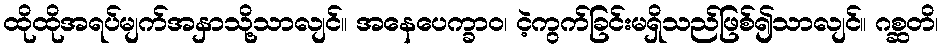
ထိုထိုအရပ်မျက်အနှာသို့သာလျင်။ အနေပေက္ခာဝ၊ ငဲ့ကွက်ခြင်းမရှိသည်ဖြစ်၍သာလျင်။ ဂစ္ဆတိ၊